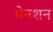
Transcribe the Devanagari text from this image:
मेनशन